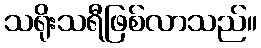
သရိုးသရီဖြစ်လာသည်။